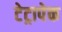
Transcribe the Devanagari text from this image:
टेट्रापेक